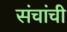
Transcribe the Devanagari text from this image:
संचांची